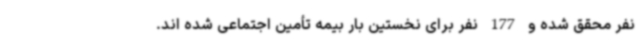
نفر محقق شده و 177 نفر برای نخستین بار بیمه تأمین اجتماعی شده اند.